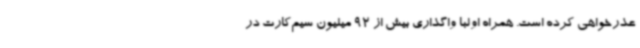
عذرخواهی کرده است. همراه اولبا واگذاری بیش از 92 میلیون سیم‌کارت در